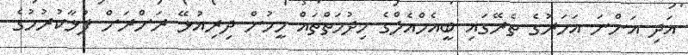
އަދި އަންނަ އަހަރުގެ ތެރޭގައި ބީއެމްއެލްގެ ހިދުމަތްތައް މީހުން ދިރިއުޅޭ ރަށްރަށް ފުޅާކުރުމުގެ